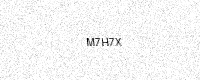
Text: M7H7X